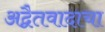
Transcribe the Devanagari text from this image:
अद्वैतवादाचा